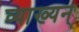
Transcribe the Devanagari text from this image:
व्याख्यन्